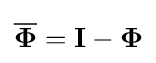
{\overline {\mathbf {\Phi } }}=\mathbf {I} -\mathbf {\Phi }